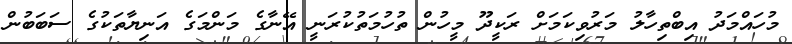
މުހައްމަދު އިބްތިހާލު މަރުވިކަމަށް ރަކީދޫ މީހުން ތުހުމަތުކުރަނީ އޭނާގެ މަންމަގެ އަނިޔާތަކުގެ ސަބަބުން